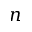
n